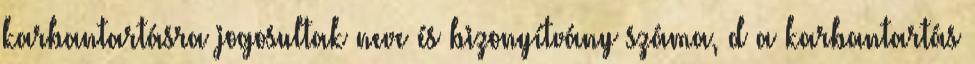
karbantartásra jogosultak neve és bizonyítvány száma, d a karbantartás